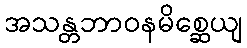
အသန္တဘာဝနမိစ္ဆေယျ